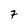
Character: 7